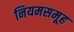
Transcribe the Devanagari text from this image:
नियमसमूह